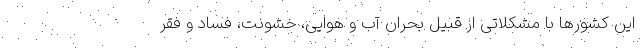
این کشورها با مشکلاتی از قبیل بحران آب و هوایی، خشونت، فساد و فقر